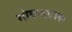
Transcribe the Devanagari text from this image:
गोयन्ददास